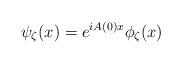
LaTeX: \begin{align*}\psi_\zeta(x) = e^{iA(0)x}\phi_\zeta(x)\end{align*}